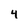
Character: 4